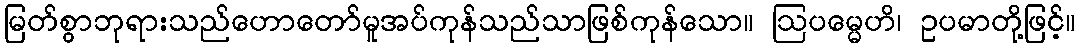
မြတ်စွာဘုရားသည်ဟောတော်မူအပ်ကုန်သည်သာဖြစ်ကုန်သော။ ဩပမ္မေဟိ၊ ဥပမာတို့ဖြင့်။